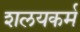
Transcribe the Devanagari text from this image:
शलयकर्म